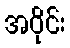
အဝိုင်း